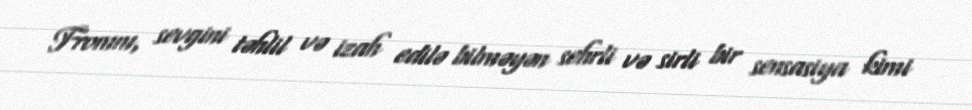
Fromm, sevgini təhlil və izah edilə bilməyən sehrli və sirli bir sensasiya kimi